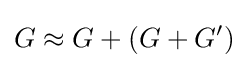
G\approx G+(G+G')